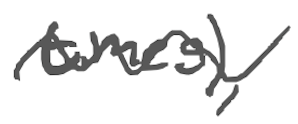
Text: times),
Cross-out: wave
Writing tool: digital_gray